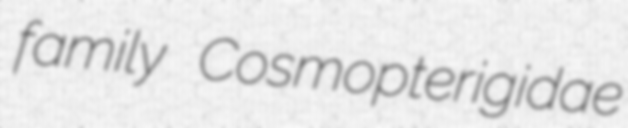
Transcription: family Cosmopterigidae